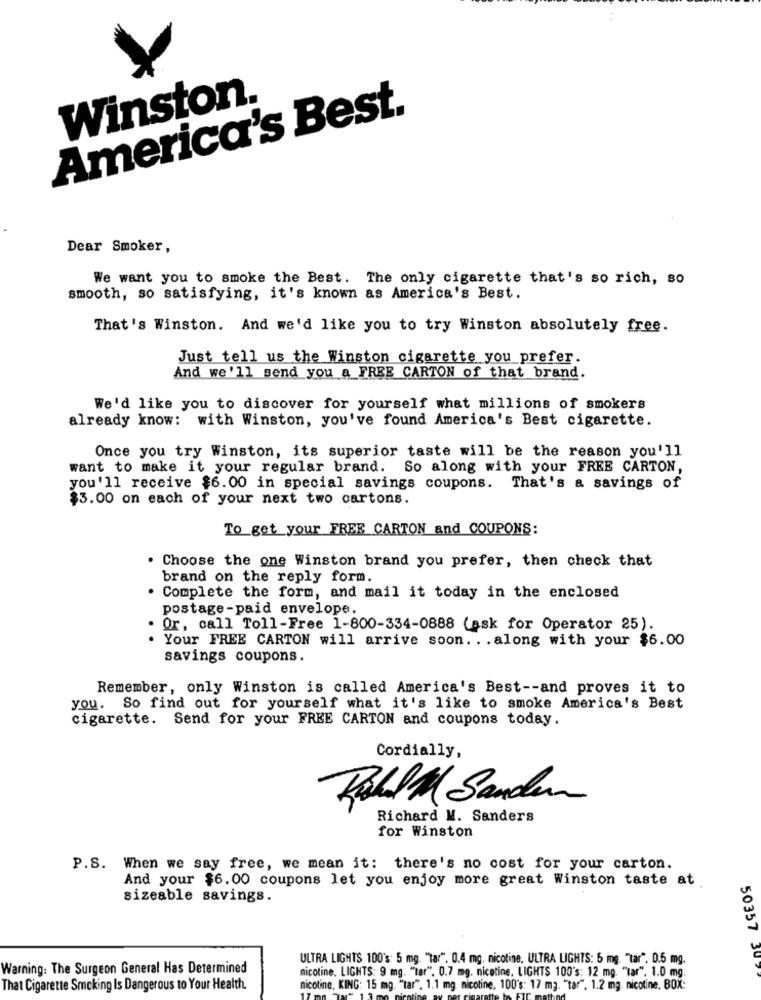
Winston.
America's Best.
Dear Smoker,
We want you to smoke the Best. The only cigarette that's so rich, so
smooth, so satisfying, it's known as America's Best.
That's Winston. And we'd like you to try Winston absolutely free.
Just tell us the Winston cigarette you prefer.
And we'll send you a FREE CARTON of that brand.
We'd like you to discover for yourself what millions of smokers
already know: with Winston, you've found America's Best cigarette.
Once you try Winston, its superior taste will be the reason you'll
want to make it your regular brand. So along with your FREE CARTON,
you'll receive $6.00 in special savings coupons. That's a savings of
$3.00 on each of your next two cartons.
To get your FREE CARTON and COUPONS:
. Choose the one Winston brand you prefer, then check that
brand on the reply form.
Complete the form, and mail it today in the enclosed
postage-paid envelope.
Or, call Toll-Free 1-800-334-0888 (ask for Operator 25).
Your FREE CARTON will arrive soon. . . along with your $6.00
savings coupons.
Remember, only Winston is called America's Best -- and proves it to
you. So find out for yourself what it's like to smoke America's Best
cigarette. Send for your FREE CARTON and coupons today.
Cordially,
Rohl Al Sander
Richard M. Sanders
for Winston
P.S. When we say free, we mean it: there's no cost for your carton.
And your $6.00 coupons let you enjoy more great Winston taste at
sizeable savings.
ULTRA LIGHTS 100's: 5 mg. "tar". 0.4 mg. nicotine. ULTRA LIGHTS: 5 mg. "tar". 0.5 mg.
50357 307
Warning: The Surgeon General Has Determined
nicotine. LIGHTS: 9 mg. "tar". 0.7 mg. nicotine, LIGHTS 100's: 12 mg. "tar", 1.0 mg.
That Cigarette Smoking Is Dangerous to Your Health.
nicotine, KING: 15 mg. "tar". 1.1 mg. nicotine, 100's: 17 m3. "tar". 1.2 mg nicotine. BOX: